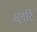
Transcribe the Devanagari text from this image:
धवटिं